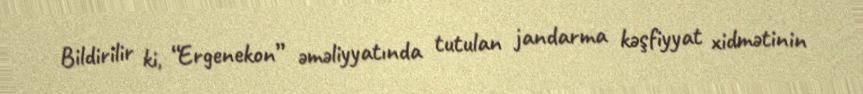
Bildirilir ki, “Ergenekon” əməliyyatında tutulan jandarma kəşfiyyat xidmətinin